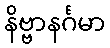
နိဗ္ဗာနင်္ဂမာ